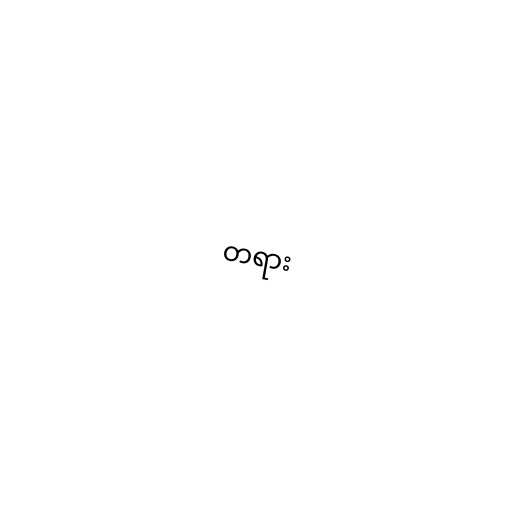
တရား